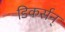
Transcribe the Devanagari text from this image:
डिकर्सन्